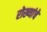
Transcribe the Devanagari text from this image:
रोख्यांचे